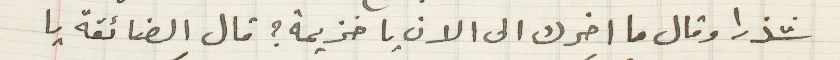
شذرا وقال ما اخرك الى الانِ يا خزيمة؟ قال الضائقة يا